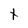
Character: t